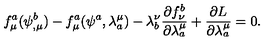
f _ { \mu } ^ { a } ( \psi _ { , \mu } ^ { b } ) - f _ { \mu } ^ { a } ( \psi ^ { a } , \lambda _ { a } ^ { \mu } ) - \lambda _ { b } ^ { \nu } \frac { \partial f _ { \nu } ^ { b } } { \partial \lambda _ { a } ^ { \mu } } + \frac { \partial L } { \partial \lambda _ { a } ^ { \mu } } = 0 .